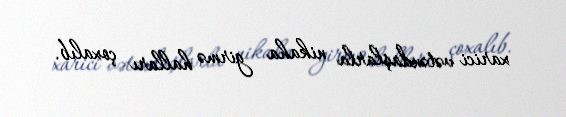
xarici vətəndaşlarla nikaha girmə halları çoxalıb.